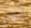
أغار